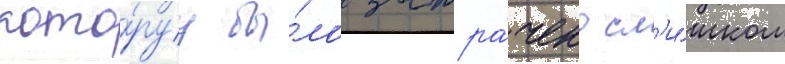
кото́руу бы́ло затра́чено сл'и́шком